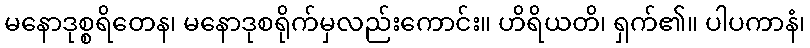
မနောဒုစ္စရိတေန၊ မနောဒုစရိုက်မှလည်းကောင်း။ ဟိရိယတိ၊ ရှက်၏။ ပါပကာနံ၊